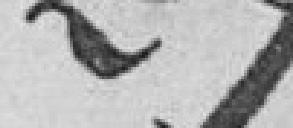
211